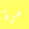
مرة